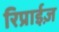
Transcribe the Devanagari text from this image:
रिप्राईज़